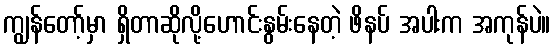
ကျွန်တော့်မှာ ရှိတာဆိုလို့ဟောင်းနွမ်းနေတဲ့ ဖိနပ် အပါးက အကုန်ပဲ။